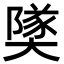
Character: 𪥡